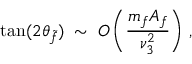
\tan ( 2 \theta _ { \tilde { f } } ) \; \sim \; { \cal O } \left( \frac { m _ { f } A _ { f } } { \nu _ { 3 } ^ { 2 } } \right) \, ,